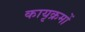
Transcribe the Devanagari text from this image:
कायृक्रमों